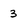
Character: 3